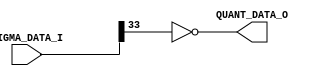
/*-----------------------------------------------------------------------------
* DSM_QUANT_1BIT.v
*
* 1bit Quantizer of a Delta-Sigma Modulator
*
* Designer: AUDIY
* Version : 1.00
*
* Description
*	Input
*	SIGMA_DATA_I: Integrated Data Input from DSM_SIGMA.v
*
*	Output
*	QUANT_DATA_O: 1bit Quantized Data Output
*
*	Parameter
*	PCM_Bit_Length: Parallel PCM Data Bit Length
-----------------------------------------------------------------------------*/

module DSM_QUANT_1BIT(
	SIGMA_DATA_I,
	QUANT_DATA_O
);
	
	/* Parameter Definition */
	parameter PCM_Bit_Length = 32;
	
	/* Input Definition */
	input wire signed [PCM_Bit_Length+1:0] SIGMA_DATA_I;
	
	/* Output Definition */
	output wire QUANT_DATA_O;
	
	/* Quantize */
	assign QUANT_DATA_O = ~SIGMA_DATA_I[PCM_Bit_Length+1];
	

endmodule